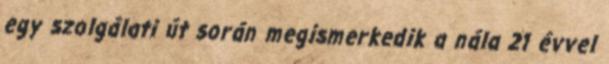
egy szolgálati út során megismerkedik a nála 21 évvel